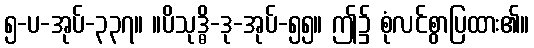
၅-ပ-အုပ်-၃၃၇။ ။ပိသုဒ္ဓိ-ဒု-အုပ်-၅၅။ ဤ၌ စုံလင်စွာပြထား၏။